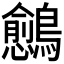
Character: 𬷴